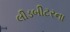
લીડબીટરના